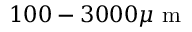
1 0 0 - 3 0 0 0 \mu \textrm { m }